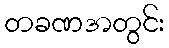
တခဏအတွင်း